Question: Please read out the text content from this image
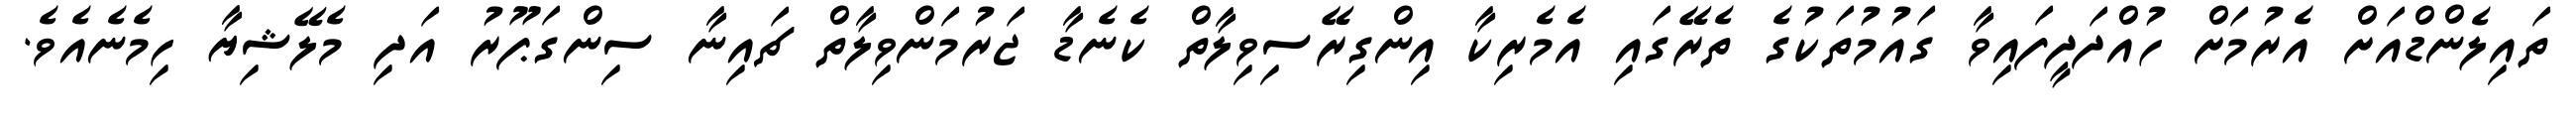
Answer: ތައިލެންޑްއަށް އެރުމަށް ހުއްދަދީފައިވާ ގައުމުތަކުގެ ތެރޭގައި އެމެރިކާ އިންގިރޭސިވިލާތް ކެނެޑާ ޖަރުމަންވިލާތް ޗައިނާ ސިންގަޕޫރު އަދި މެލޭޝިޔާ ހިމެނެއެވެ.